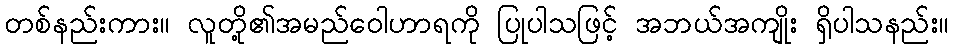
တစ်နည်းကား။ လူတို့၏အမည်ဝေါဟာရကို ပြုပါသဖြင့် အဘယ်အကျိုး ရှိပါသနည်း။